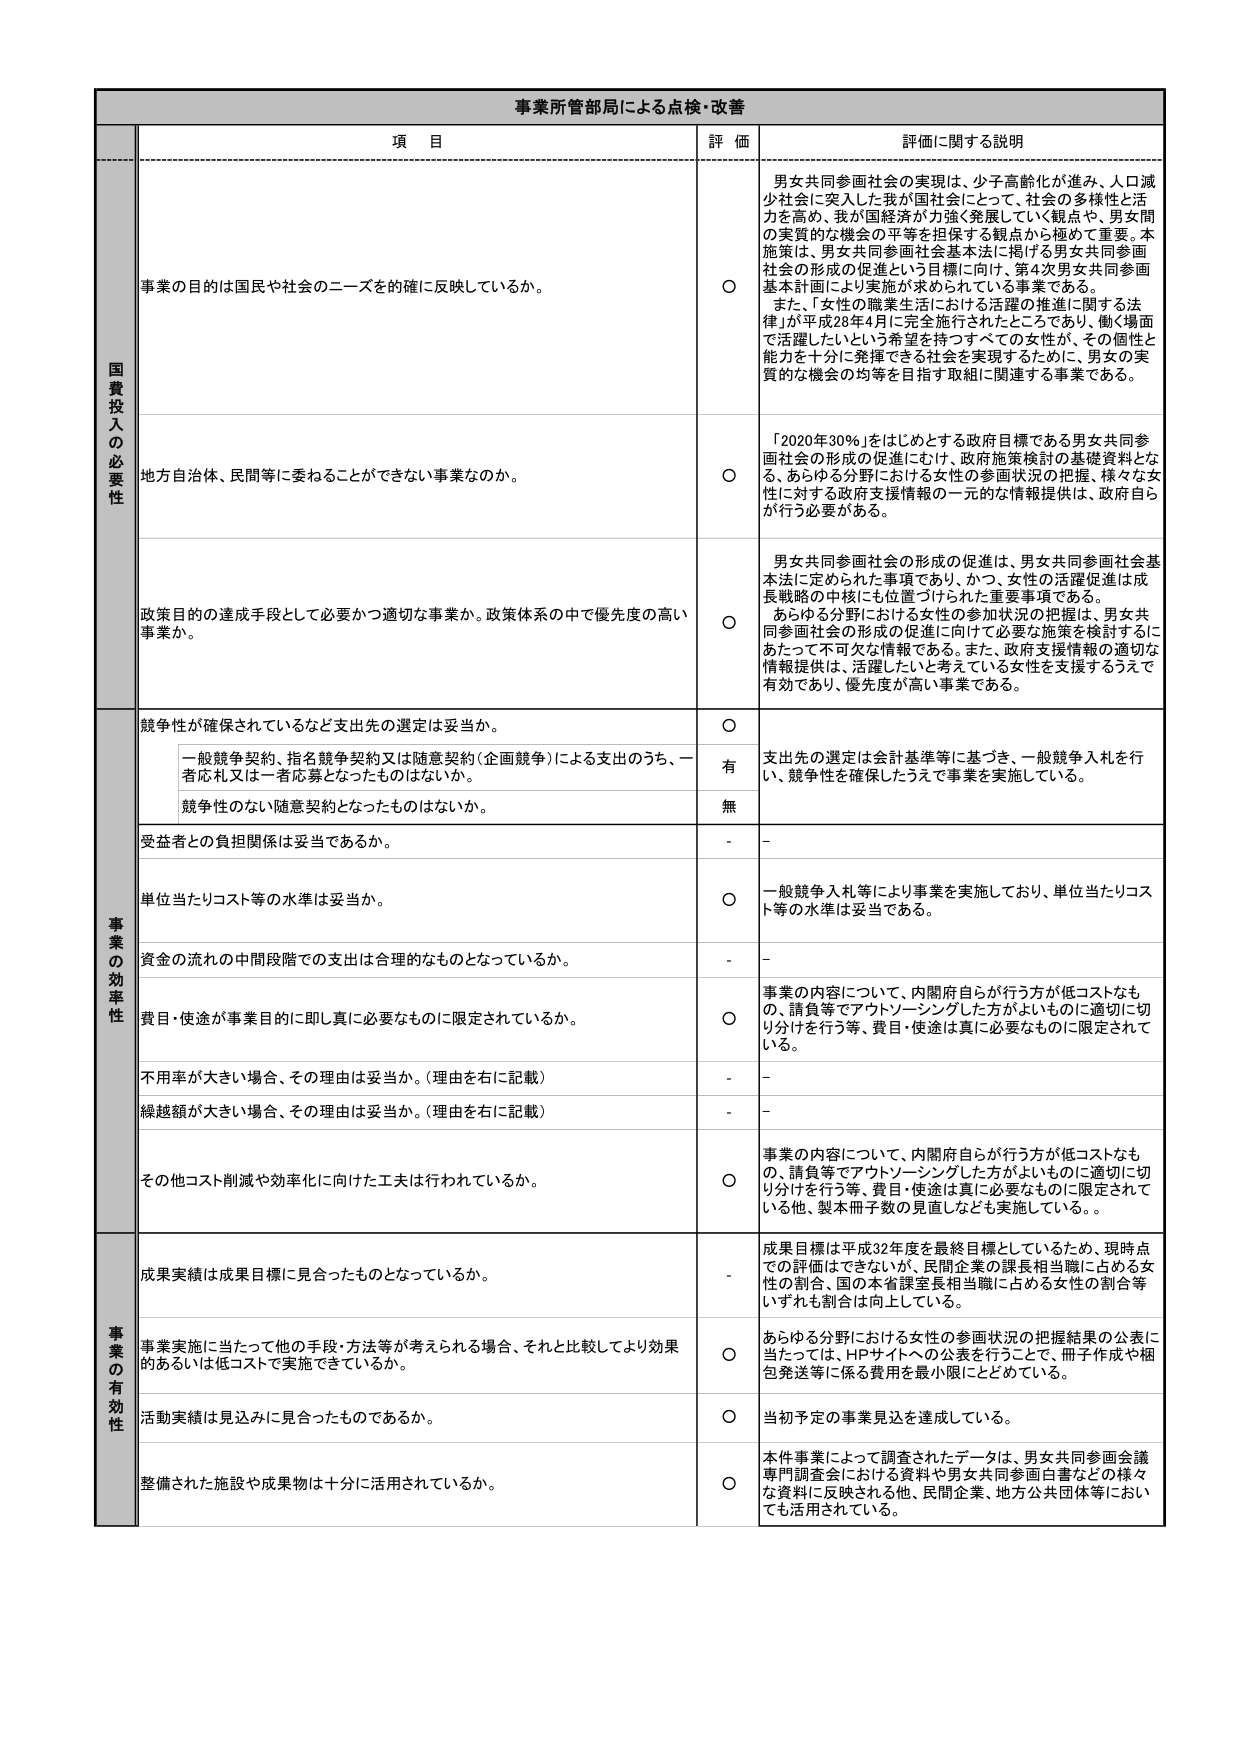
事業所管部局による点検・改善

項 目
評 価
評価に関する説明

国費投入の必要性
事業の目的は国民や社会のニーズを的確に反映しているか。
〇
男女共同参画社会の実現は、少子高齢化が進み、人口減少社会に突入した我が国社会にとって、社会の多様性と活力を高め、我が国経済が力強く発展していく観点や、男女間の実質的な機会の平等を担保する観点から極めて重要。本施策は、男女共同参画社会基本法に掲げられる男女共同参画社会の形成の促進という目標に向け、第4次男女共同参画基本計画により実施が求められている事業である。
また、「女性の職業生活における活躍の推進に関する法律」が平成28年4月に完全施行されたところであり、働く場面で活躍したいという希望を持つすべての女性が、その個性と能力を十分に発揮できる社会を実現するために、男女の実質的な機会の均等を目指す取組に関連する事業である。

地方自治体、民間等に委ねることができない事業なのか。
〇
「2020年30%」をはじめとする政府目標である男女共同参画社会の形成の促進にむけ、政府施策検討の基礎資料となる、あらゆる分野における女性の参画状況の把握、様々な女性に対する政府支援情報の一元的な情報提供は、政府自らが行う必要がある。

政策目的の達成手段として必要かつ適切な事業か。政策体系の中で優先度の高い事業か。
〇
男女共同参画社会の形成の促進は、男女共同参画社会基本法に定められた事項であり、かつ、女性の活躍促進は成長戦略の中核にも位置づけられた重要事項である。
あらゆる分野における女性の参加状況の把握は、男女共同参画社会の形成の促進に向けた必要な施策を検討するにあたって不可欠な情報である。また、政府支援情報の適切な情報提供は、活躍したいと考えている女性を支援するうえで有効であり、優先度が高い事業である。

事業の効率性
競争性が確保されているなど支出先の選定は妥当か。
〇
支出先の選定は会計基準等に基づき、一般競争入札を行い、競争性を確保したうえで事業を実施している。
一般競争契約、指名競争契約又は随意契約（企画競争）による支出のうち、一者応札又は一者応募となったものはないか。
有
競争性のない随意契約となったものはないか。
無

受益者との負担関係は妥当であるか。
-
-

単位当たりコスト等の水準は妥当か。
〇
一般競争入札等により事業を実施しており、単位当たりコスト等の水準は妥当である。

資金の流れの中間段階での支出は合理的なものとなっているか。
-
-

費目・使途が事業目的に即し真に必要なものに限定されているか。
〇
事業の内容について、内閣府自らが行う方が低コストなもの、請負等でアウトソーシングした方がよいものに適切に切り分けを行う等、費目・使途は真に必要なものに限定されている。

不用率が大きい場合、その理由は妥当か。（理由を右に記載）
-
-

繰越額が大きい場合、その理由は妥当か。（理由を右に記載）
-
-

その他コスト削減や効率化に向けた工夫は行われているか。
〇
事業の内容について、内閣府自らが行う方が低コストなもの、請負等でアウトソーシングした方がよいものに適切に切り分けを行う等、費目・使途は真に必要なものに限定されている他、製本冊子数の見直しなども実施している。

事業の有効性
成果実績は成果目標に見合ったものとなっているか。
-
成果目標は平成32年度を最終目標としているため、現時点での評価はできないが、民間企業の課長相当職に占める女性の割合、国の本省課室長相当職に占める女性の割合等いずれも割合は向上している。

事業実施に当たって他の手段・方法等が考えられる場合、それと比較してより効果的あるいは低コストで実施できているか。
〇
あらゆる分野における女性の参画状況の把握結果の公表に当たっては、HPサイトへの公表を行うことで、冊子作成や梱包発送等に係る費用を最小限にとどめている。

活動実績は見込みに見合ったものであるか。
〇
当初予定の事業見込を達成している。

整備された施設や成果物は十分に活用されているか。
〇
本件事業によって調査されたデータは、男女共同参画会議専門調査会における資料や男女共同参画白書などの様々な資料に反映される他、民間企業、地方公共団体等においても活用されている。